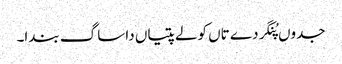
جدوں پُنگردے تاں کولے پتیاں دا ساگ بندا۔